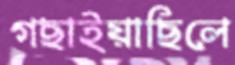
গছাইয়াছিলে